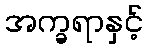
အက္ခရာနှင့်